First report of the anti-malarial operations at Mian Mir, 1901-1903 - Number 6
Year: 1901
Disease focus: Malaria
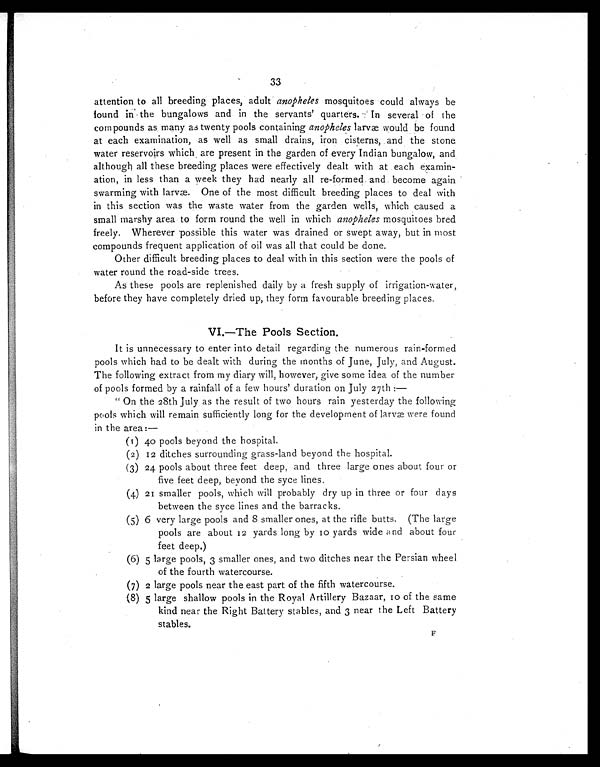
33
attention to all breeding places, adult anopheles mosquitoes could always be
found in the bungalows and in the servants' quarters. In several of the
compounds as many as twenty pools containing anopheles larvæ would be found
at each examination, as well as small drains, iron cisterns, and the stone
water reservoirs which are present in the garden of every Indian bungalow, and
although all these breeding places were effectively dealt with at each examin-
ation, in less than a week they had nearly all re-formed and become again
swarming with larvæ. One of the most difficult breeding places to deal with
in this section was the waste water from the garden wells, which caused a
small marshy area to form round the well in which anopheles mosquitoes bred
freely. Wherever possible this water was drained or swept away, but in most
compounds frequent application of oil was all that could be done.
Other difficult breeding places to deal with in this section were the pools of
water round the road-side trees.
As these pools are replenished daily by a fresh supply of irrigation-water,
before they have completely dried up, they form favourable breeding places.
VI.—The Pools Section.
It is unnecessary to enter into detail regarding the numerous rain-formed
pools which had to be dealt with during the months of June, July, and August.
The following extract from my diary will, however, give some idea of the number
of pools formed by a rainfall of a few hours' duration on July 27th:
—
"On the 28th July as the result of two hours rain yesterday the following
pools which will remain sufficiently long for the development of larvæ were found
in the area:—
(1) 40 pools beyond the hospital.
(2) 12 ditches surrounding grass-land beyond the hospital.
(3) 24 pools about three feet deep, and three large ones about four or
five feet deep, beyond the syce lines.
(4) 21 smaller pools, which will probably dry up in three or four days
between the syce lines and the barracks.
(5) 6 very large pools and 8 smaller ones, at the rifle butts. (The large
pools are about 12 yards long by 10 yards wide and about four
feet deep.)
(6) 5 large pools, 3 smaller ones, and two ditches near the Persian wheel
of the fourth watercourse.
(7) 2 large pools near the east part of the fifth watercourse.
(8) 5 large shallow pools in the Royal Artillery Bazaar, 10 of the same
kind near the Right Battery stables, and 3 near the Left Battery
stables.
F